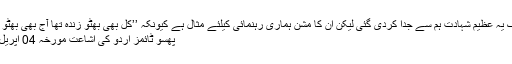
آج بے شک یہ عظیم شہادت ہم سے جدا کردی گئی لیکن ان کا مشن ہماری رہنمائی کیلئے مثال ہے کیونکہ ’’کل بھی بھٹو زندہ تھا آج بھی بھٹو زندہ ہے ‘‘
پھسو ٹائمز اُردُو کی اشاعت مورخہ 04 اپریل 2016ء ۔